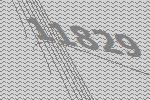
11829